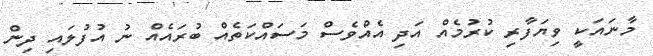
މާނައަކީ ވިޔަފާރި ކުރުމެއް އަދި އެއްވެސް މަސައްކަތެއް ބުރައެއް ނު އުފުލައި ދިން